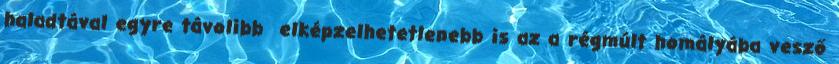
haladtával egyre távolibb elképzelhetetlenebb is az a régmúlt homályába vesző